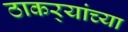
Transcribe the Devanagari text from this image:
ठाकर्‍यांच्या